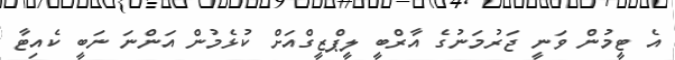
އެ ޓީމުން ވަނީ ޖަރުމަނުގެ އާރްބީ ލީޕްޒީގްއަށް ކުޅެމުން އަންނަ ނަބީ ކެއިޓާ